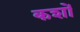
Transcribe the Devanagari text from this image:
कशों